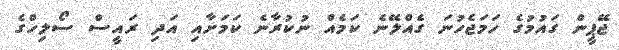
ޖޭޕީން ގައުމުގެ ހަމަޖެހުނަ ގެއްލޭނެ ކަމެއް ނުކުރާނެ ކަމަށާއި އަދި ރައީސް ސޯލިހްގެ